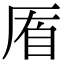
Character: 𠩮